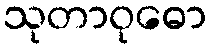
သုတာဝုဓော